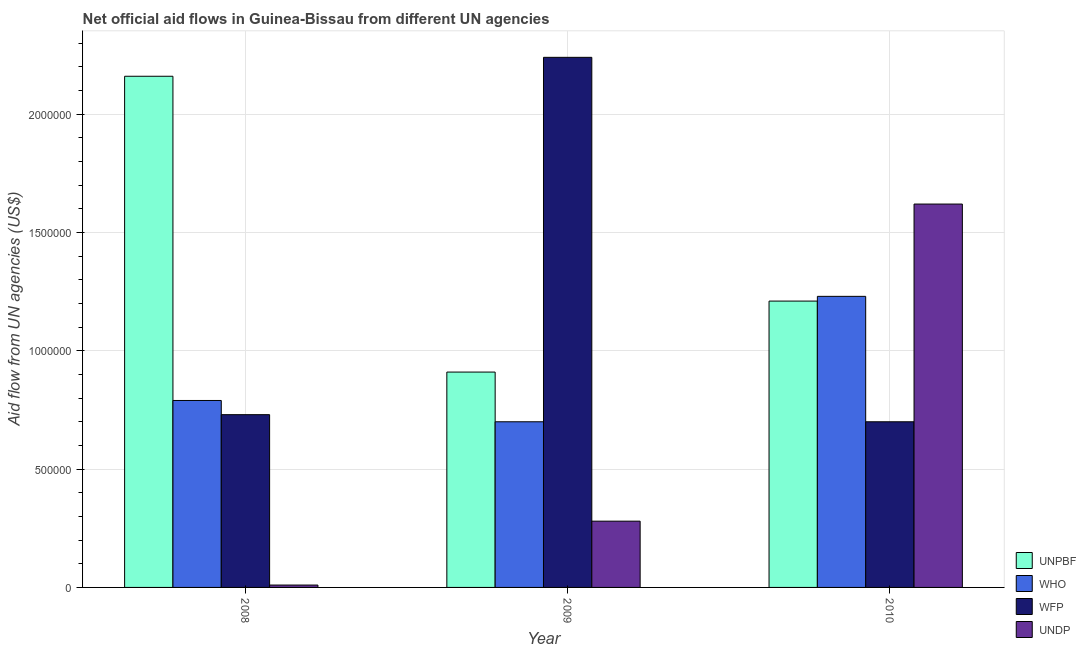
| Year | UNPBF | WHO | WFP | UNDP |
 | --- | --- | --- | --- | --- |
 | 2008 | 2.16e+06 | 7.9e+05 | 7.3e+05 | 1e+04 |
 | 2009 | 9.1e+05 | 7e+05 | 2.24e+06 | 2.8e+05 |
 | 2010 | 1.21e+06 | 1.23e+06 | 7e+05 | 1.62e+06 |